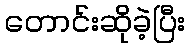
တောင်းဆိုခဲ့ပြီး